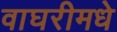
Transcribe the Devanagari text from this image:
वाघरीमधे